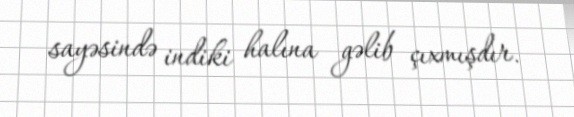
sayəsində indiki halına gəlib çıxmışdır.